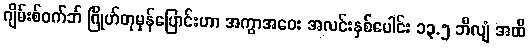
ဂျိမ်းစ်ဝက်ဘ် ဂြိုဟ်တုမှန်ပြောင်းဟာ အကွာအဝေး အလင်းနှစ်ပေါင်း ၁၃.၅ ဘီလျံ အထိ